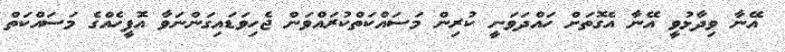
އޭނާ ވިދާޅުވީ އޭނާ އެގޮތަށް ހައްދަވަނީ ކުރިން މަސައްކަތްކުރައްވަން ޖެހިވަޑައިގަންނަވާ އޮފީހެއްގެ މަސައްކަތް